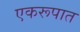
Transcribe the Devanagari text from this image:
एकरूपात